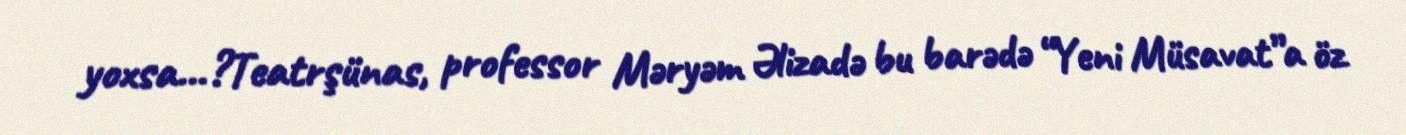
yoxsa...?Teatrşünas, professor Məryəm Əlizadə bu barədə “Yeni Müsavat”a öz